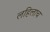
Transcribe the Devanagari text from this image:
लहिलाच